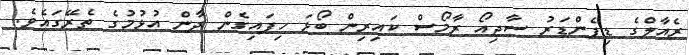
ރެއާލްގެ ޑިފެންޑަރު ސާޖިއޯ ރާމޯސް ކައިރިން ބޯޅަ ހިފައިގެން ދާން އުޅުމުގެ ތެރޭގައެވެ.